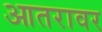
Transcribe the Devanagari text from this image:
आतरावर